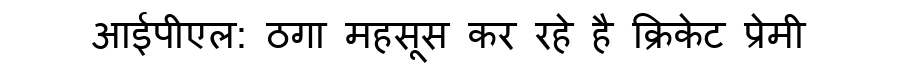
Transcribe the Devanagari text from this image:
आईपीएल: ठगा महसूस कर रहे है क्रिकेट प्रेमी